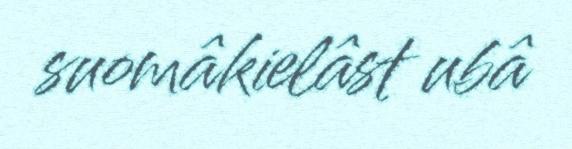
suomâkielâst ubâ